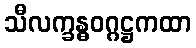
သီလက္ခန္ဓဝဂ္ဂဋ္ဌကထာ